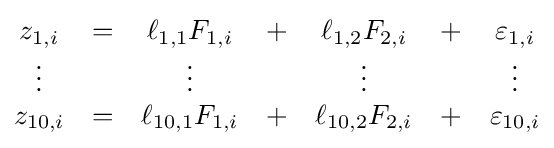
{\begin{matrix}z_{1,i}&=&\ell _{1,1}F_{1,i}&+&\ell _{1,2}F_{2,i}&+&\varepsilon _{1,i}\\\vdots &&\vdots &&\vdots &&\vdots \\z_{10,i}&=&\ell _{10,1}F_{1,i}&+&\ell _{10,2}F_{2,i}&+&\varepsilon _{10,i}\end{matrix}}